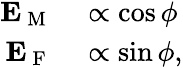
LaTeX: \begin{array}{rl}{\mathbf{E}_{\mathrm{~M~}}}&{{}\propto\cos\phi}\\ {\mathbf{E}_{\mathrm{~F~}}}&{{}\propto\sin\phi,}\end{array}